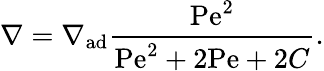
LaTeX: \nabla=\nabla_{\mathrm{ad}}{\frac{\mathrm{Pe}^{2}}{\mathrm{Pe}^{2}+2\mathrm{Pe}+2C}}.